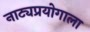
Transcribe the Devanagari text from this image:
नाट्यप्रयोगाला